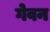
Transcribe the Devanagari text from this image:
गेवन